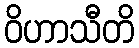
ဝိဟာသီတိ